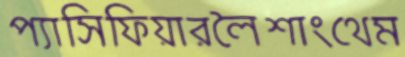
প্যাসিফিয়ারলৈশাংথেম